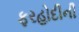
ફરહોદીની